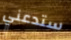
ستدعني